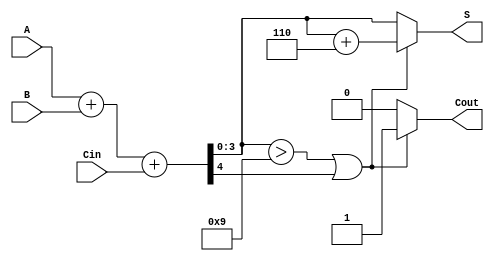
module BCD_Ripple_Carry_Adder (
    input [3:0] A,       // First BCD digit
    input [3:0] B,       // Second BCD digit
    input Cin,           // Carry-in
    output reg [3:0] S,  // BCD sum
    output reg Cout      // Carry-out
);

    wire [4:0] sum;      // 5-bit to accommodate carry-out
    wire [3:0] corrected_sum; // Sum after BCD correction
    wire correction_needed; // Flag for correction

    // Step 1: Perform binary addition
    assign sum = A + B + Cin;

    // Step 2: Check for BCD correction conditions
    assign correction_needed = (sum[3:0] > 4'b1001) || sum[4];

    // Step 3: BCD Correction Logic
    always @(*) begin
        if (correction_needed) begin
            // Add 6 (0110) to the sum if correction is needed
            corrected_sum = sum[3:0] + 4'b0110;
            Cout = 1; // Set carry-out since correction was applied
        end else begin
            corrected_sum = sum[3:0]; // No correction needed
            Cout = 0; // No carry-out
        end
        S = corrected_sum; // Final BCD sum output
    end

endmodule